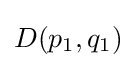
D(p_{1},q_{1})